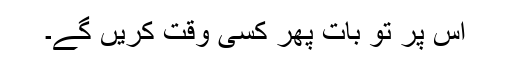
اس پر تو بات پھر کسی وقت کریں گے۔